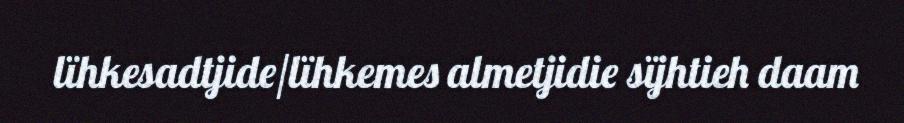
lïhkesadtjide/lïhkemes almetjidie sïjhtieh daam